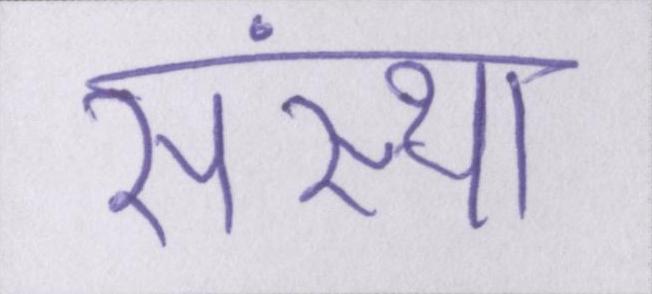
संस्था